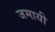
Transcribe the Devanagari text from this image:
जमायी